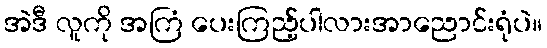
အဲဒီ လူကို အကြံ ပေးကြည့်ပါလားအာညောင်းရုံပဲ။